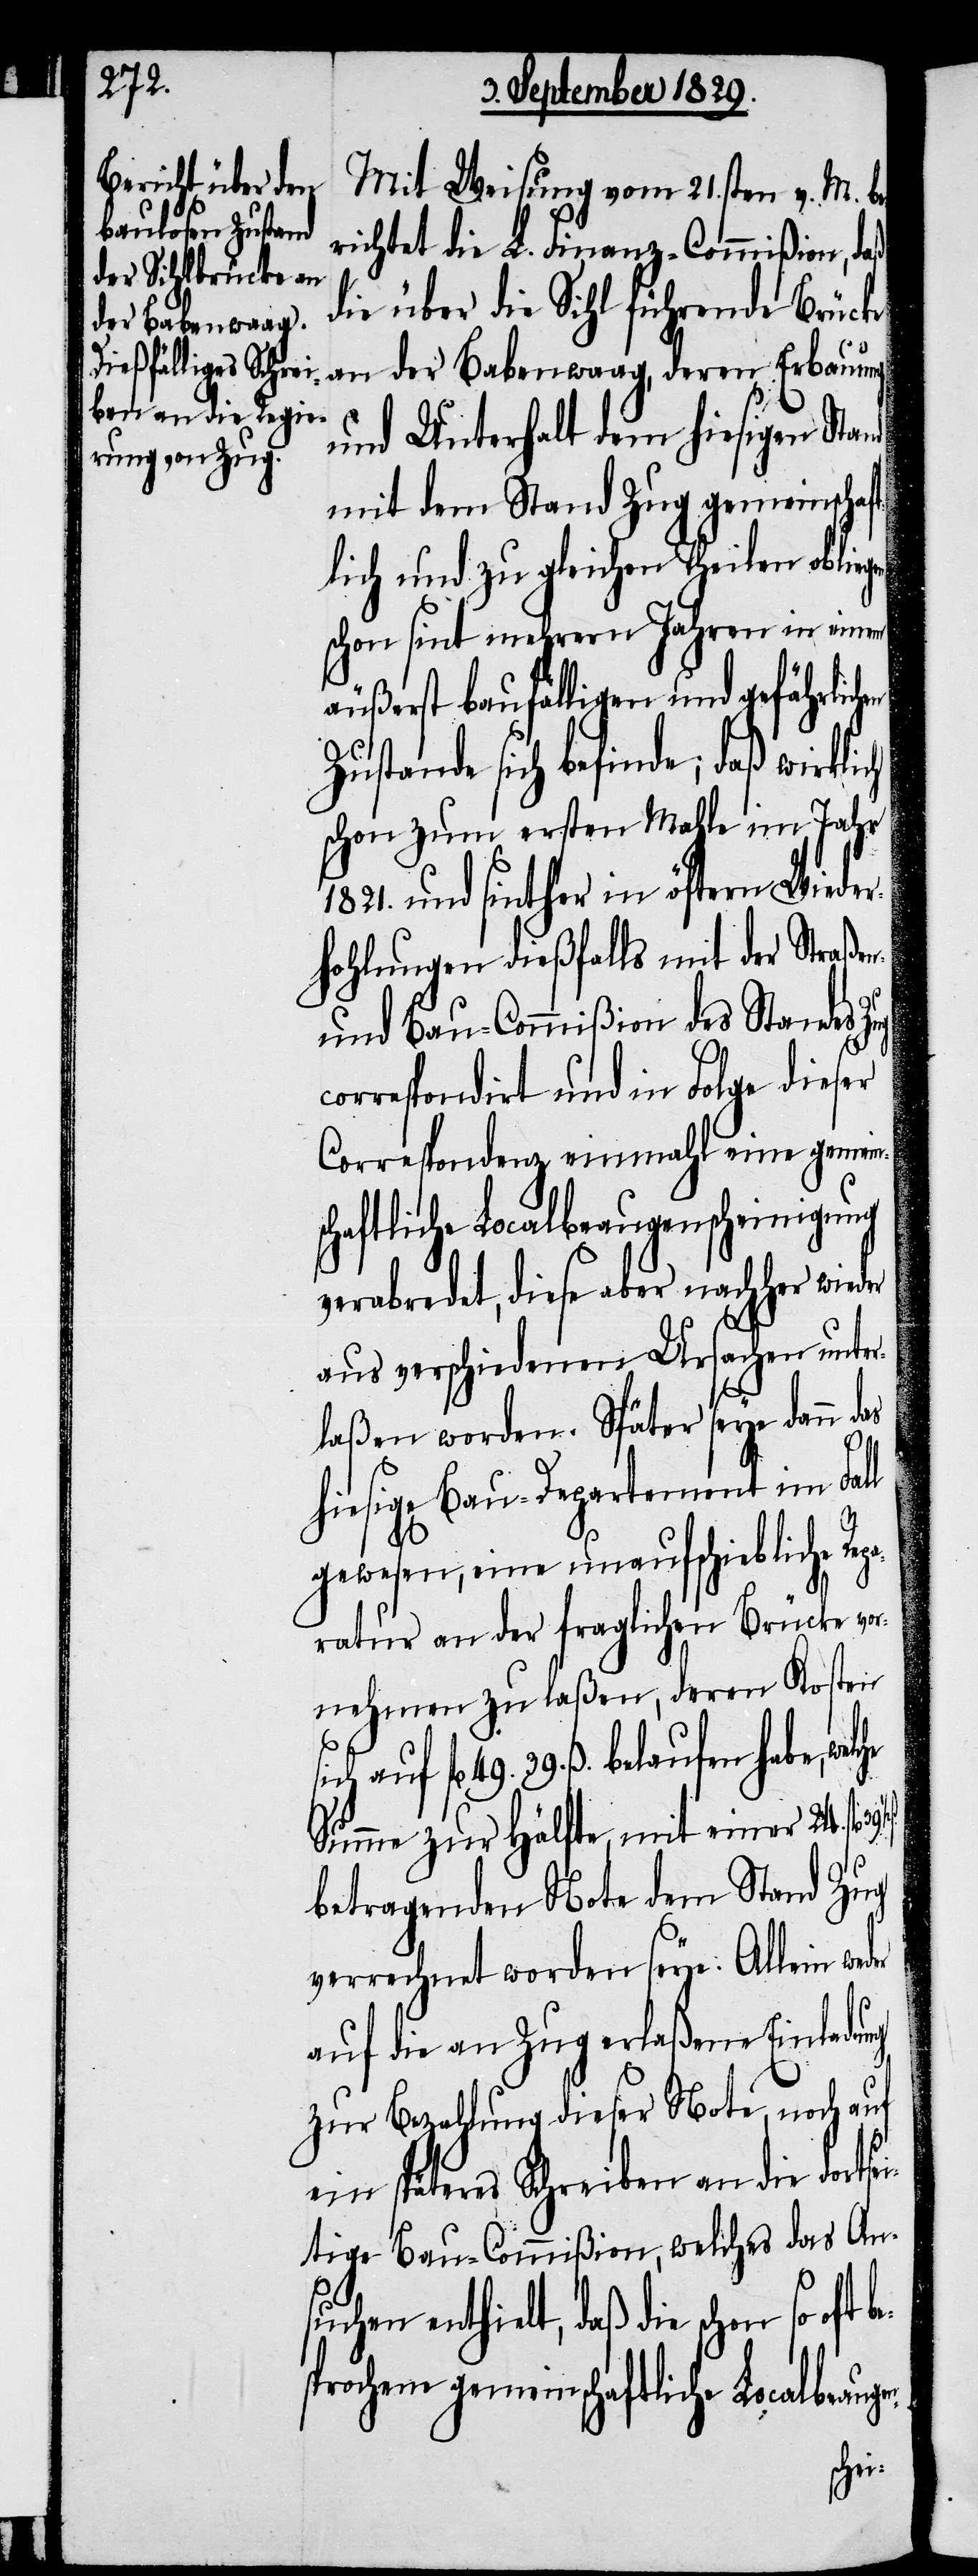
n-
½.

Mit Weisung vom 21sten v. M. be¬
richtet die L. Finanz-Commißion, daß
die über die Sihl führende Brücke
an der Babenwaag, deren Erbauung
und Unterhalt dem hiesigen Stand
mit dem Stand Zug gemeinschaf¬
tlich und zu gleichen Theilen obli¬
schon sint mehrern Jahren in einem
äußerst baufälligen und gefährli¬
Zustande sich befinde; daß wirklich
schon zum ersten Mahle im Jahr
1821. und sinther in öftern Wieder¬
hohlungen dießfalls mit der Straße¬
und Bau-Commißion des Standes Zug
correspondirt und in Folge dieser
Correspondenz einmahl eine gemein¬
schaftliche Localbeaugenscheinigung
verabredet, diese aber nachher wieder
aus verschiedenen Ursachen unter¬
laßen worden. Später seye dann das
hiesige Bau-Departement im
gewesen, eine unaufschiebliche Re¬
paratur an der fraglichen Brücke vor¬
nehmen zu laßen, deren Kosten
auf fl. 49. 39. ß. belaufen habe,
Summe zur Hälfte, mit einer 24. fl.
betragenden Note dem Stand Zug
verrechnet worden seye. Allein
auf die an Zug erlaßene Einladung
zur Bezahlung dieser Note noch auf
ein späteres Schreiben an die dortse¬
itige Bau-Commißion, welches das An¬
schon so oft be¬
sprochene gemeinschaftliche Localbeaug¬
en-